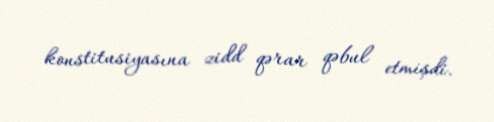
konstitusiyasına zidd qərar qəbul etmişdi.